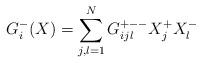
LaTeX: \begin{align*} G_i^{-}( X) = \sum_{j,l=1}^N G_{ijl}^{+--} X_j^+ X_l^-\end{align*}